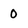
Character: 0